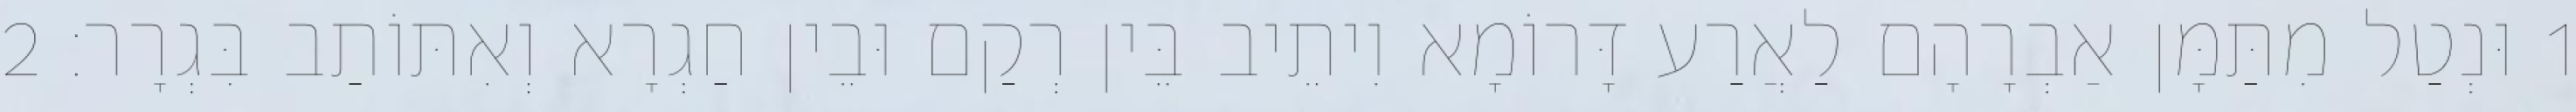
1 וּנְטַל מִתַּמָּן אַבְרָהָם לַאֲרַע דָּרוֹמָא וִיתֵיב בֵּין רְקַם וּבֵין חַגְרָא וְאִתּוֹתַב בִּגְרָר׃ 2